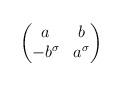
LaTeX: \begin{align*}\begin{pmatrix}a & b \\-b^\sigma & a^\sigma\end{pmatrix}\end{align*}